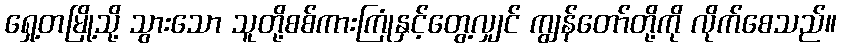
ရှေ့တမြို့သို့ သွားသော သူတို့စစ်ကားကြုံနှင့်တွေ့လျှင် ကျွန်တော်တို့ကို လိုက်စေသည်။